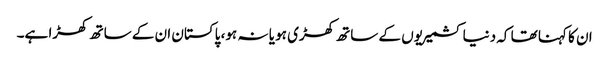
ان کا کہنا تھا کہ دنیا کشمیریوں کے ساتھ کھڑی ہو یا نہ ہو، پاکستان ان کے ساتھ کھڑا ہے۔